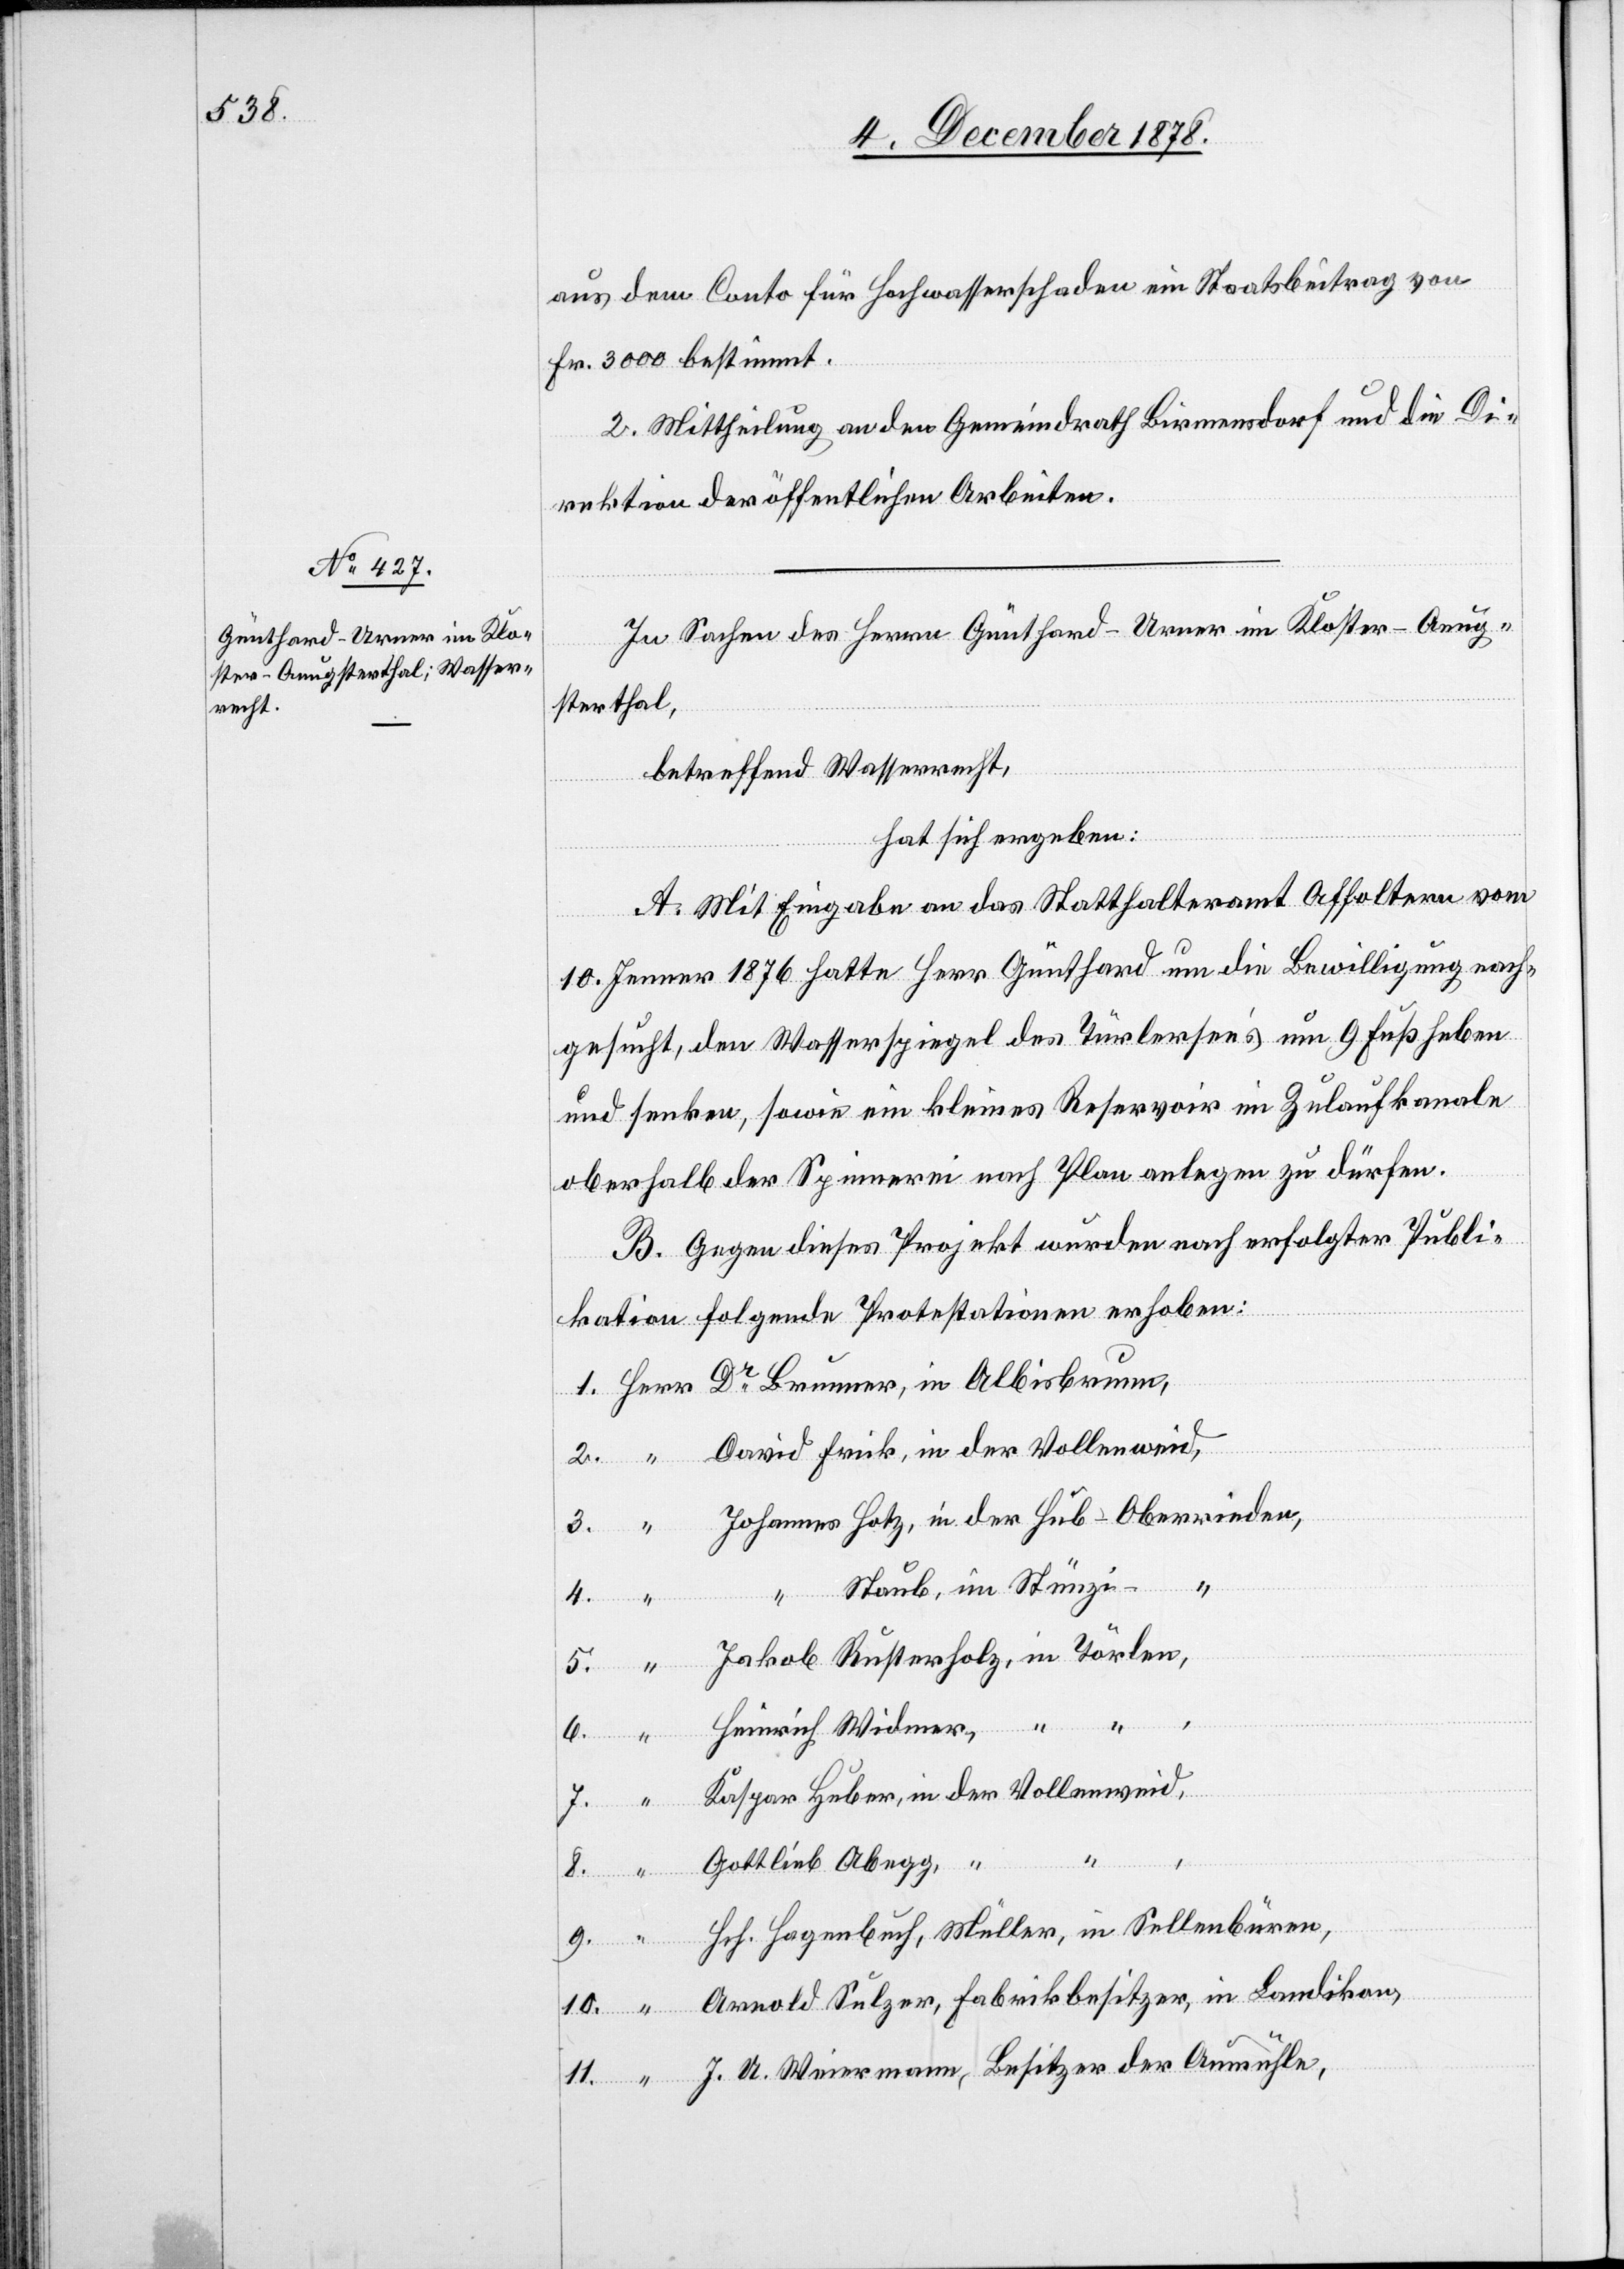
aus dem Conto für Hochwasserschaden ein Staatsbeitrag von
Fr. 3000 bestimmt.
2. Mittheilung an den Gemeindrath Birmensdorf und die Di¬
rektion der öffentlichen Arbeiten.
In Sachen des Herrn Günthard-Urner im Kloster - Aeug¬
sterthal,
betreffend Wasserrecht,
hat sich ergeben:
A. Mit Eingabe an das Statthalteramt Affoltern vom
10. Jenner 1876 hatte Herr Günthard um die Bewilligung nach¬
gesucht, den Wasserspiegel des Türlersee’s um 9 Fuß heben
und senken, sowie ein kleines Reservoir im Zulaufkanale
oberhalb der Spinnerei nach Plan anlegen zu dürfen.
B. Gegen dieses Projekt wurden nach erfolgter Publi¬
kation folgende Protestationen erhoben:
“
David Frick, in der Vollerweid,
Johannes Hotz, in der Hub - Oberrieden,
4.
Staub, im Stürzi
Jakob Rusterholz, in Törlen,
Albisbrunn,
Heinrich Widmer, “ “
Kaspar Huber, in der Vollenweid,
10.
9.
Gottlieb Abegg, “
Hch. Hagenbuch, Müller, in Sellenbüren,
Arnold Sulzer, Fabrikbesitzer, in Bandikon,
J. A. Weiermann, Besitzer der Aumühle,